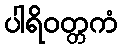
ပါရိဝတ္တကံ